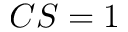
C S = 1